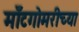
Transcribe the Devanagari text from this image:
मॉँटगोमरीच्या